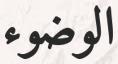
الوضوء